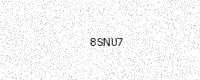
Text: 8SNU7